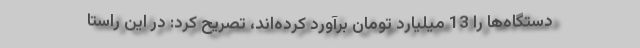
دستگاه‌ها را 13 میلیارد تومان برآورد کرده‌اند، تصریح کرد: در این راستا